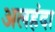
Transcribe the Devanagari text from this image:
अलहंदा